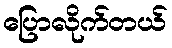
ပြောလိုက်တယ်